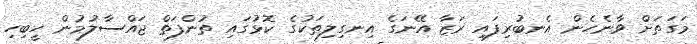
މަގަތަށް ވާނެހެން އެނބުރިފައި ރަޒާ އޭނަގެ އިނގިލިތަކުގެ ކޮޅުގައި ތުންފަތް ޖައްސާލުމުން ހީބިހި